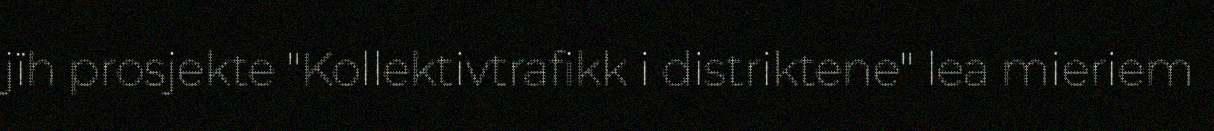
jïh prosjekte "Kollektivtrafikk i distriktene" lea mieriem